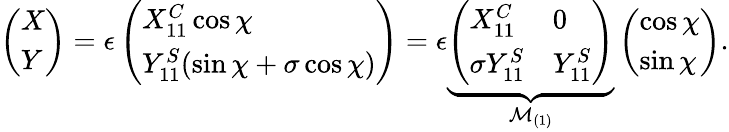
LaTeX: \left(\begin{array}{l}{X}\\ {Y}\end{array}\right)=\epsilon\left(\begin{array}{l}{X_{11}^{C}\cos\chi}\\ {Y_{11}^{S}(\sin\chi+\sigma\cos\chi)}\end{array}\right)=\epsilon\underbrace{\left(\begin{array}{ll}{X_{11}^{C}}&{0}\\ {\sigma Y_{11}^{S}}&{Y_{11}^{S}}\end{array}\right)}_{\mathcal{M}_{(1)}}\left(\begin{array}{l}{\cos\chi}\\ {\sin\chi}\end{array}\right).